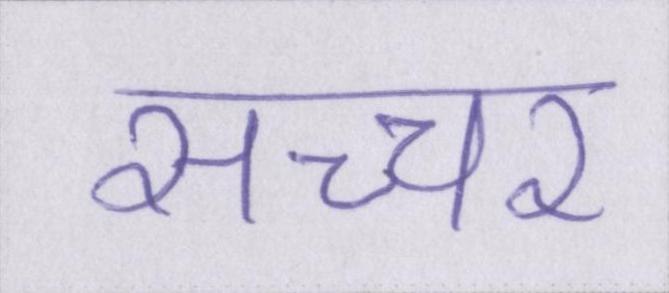
सच्चर